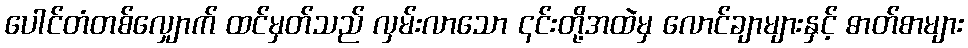
ပေါင်တံတစ်လျှောက် ထင်မှတ်သည် လှမ်းလာသော ၎င်းတို့အထဲမှ လောင်ချာများနှင့် ဓာတ်စာများ